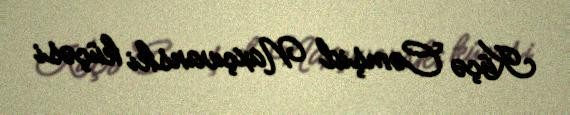
Küçə Cəmşid Naxçıvanski küçəsi